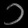
Digit: ၁